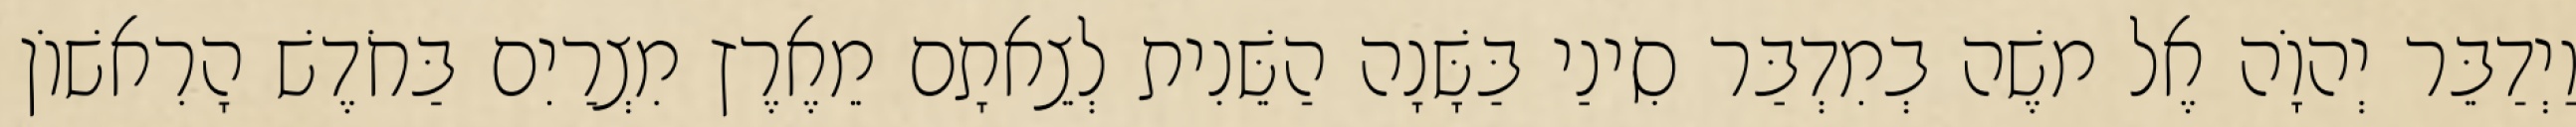
וַיְדַבֵּר יְהוָֹה אֶל משֶׁה בְמִדְבַּר סִינַי בַּשָּׁנָה הַשֵּׁנִית לְצֵאתָם מֵאֶרֶץ מִצְרַיִם בַּחֹדֶשׁ הָרִאשׁוֹן